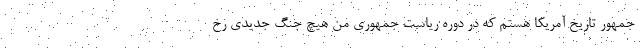
جمهور تاریخ آمریکا هستم که در دوره ریاست جمهوری من هیچ جنگ جدیدی رخ